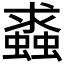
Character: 𧒔